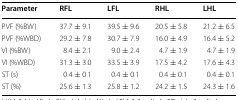
| Parameter | RFL | LFL | RHL | LHL |
 | --- | --- | --- | --- | --- |
 | PVF (%BW) | 37.7 ± 9.1 | 39.5 ± 9.6 | 20.5 ± 5.8 | 21.2 ± 6.5 |
 | PVF (%WBD) | 29.2 ± 7.8 | 30.7 ± 7.9 | 16.0 ± 4.9 | 16.4 ± 5.2 |
 | VI (%BW) | 8.4 ± 2.1 | 9.0 ± 2.4 | 4.7 ± 1.9 | 4.7 ± 1.9 |
 | VI (%WBD) | 31.3 ± 3.0 | 33.5 ± 3.9 | 17.5 ± 4.2 | 17.6 ± 4.3 |
 | ST (s) | 0.4 ± 0.1 | 0.4 ± 0.1 | 0.4 ± 0.1 | 0.4 ± 0.1 |
 | ST (%) | 25.6 ± 1.3 | 25.8 ± 1.2 | 24.2 ± 1.5 | 24.3 ± 1.6 |